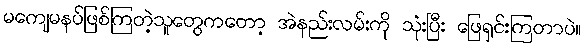
မကျေမနပ်ဖြစ်ကြတဲ့သူတွေကတော့ အဲနည်းလမ်းကို သုံးပြီး ဖြေရှင်းကြတာပဲ။